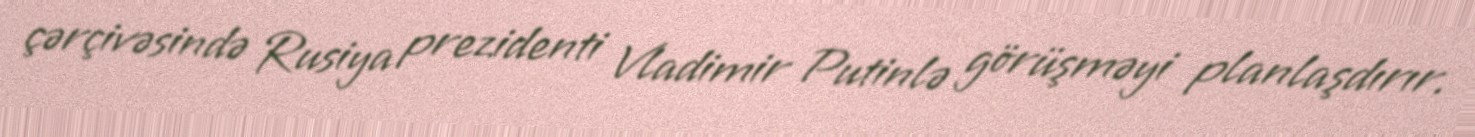
çərçivəsində Rusiya prezidenti Vladimir Putinlə görüşməyi planlaşdırır.